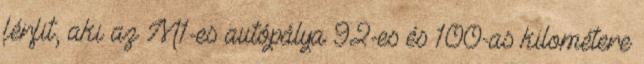
férfit, aki az M1-es autópálya 92-es és 100-as kilométere